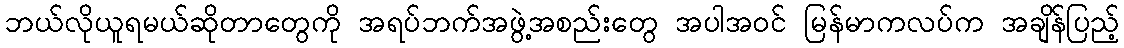
ဘယ်လိုယူရမယ်ဆိုတာတွေကို အရပ်ဘက်အဖွဲ့အစည်းတွေ အပါအဝင် မြန်မာကလပ်က အချိန်ပြည့်